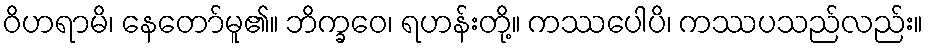
ဝိဟရာမိ၊ နေတော်မူ၏။ ဘိက္ခဝေ၊ ရဟန်းတို့။ ကဿပေါပိ၊ ကဿပသည်လည်း။